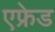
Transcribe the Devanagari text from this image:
एफ्रेड